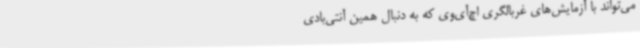
می‌تواند با آزمایش‌های غربالگری اچ‌آی‌وی که به دنبال همین آنتی‌بادی